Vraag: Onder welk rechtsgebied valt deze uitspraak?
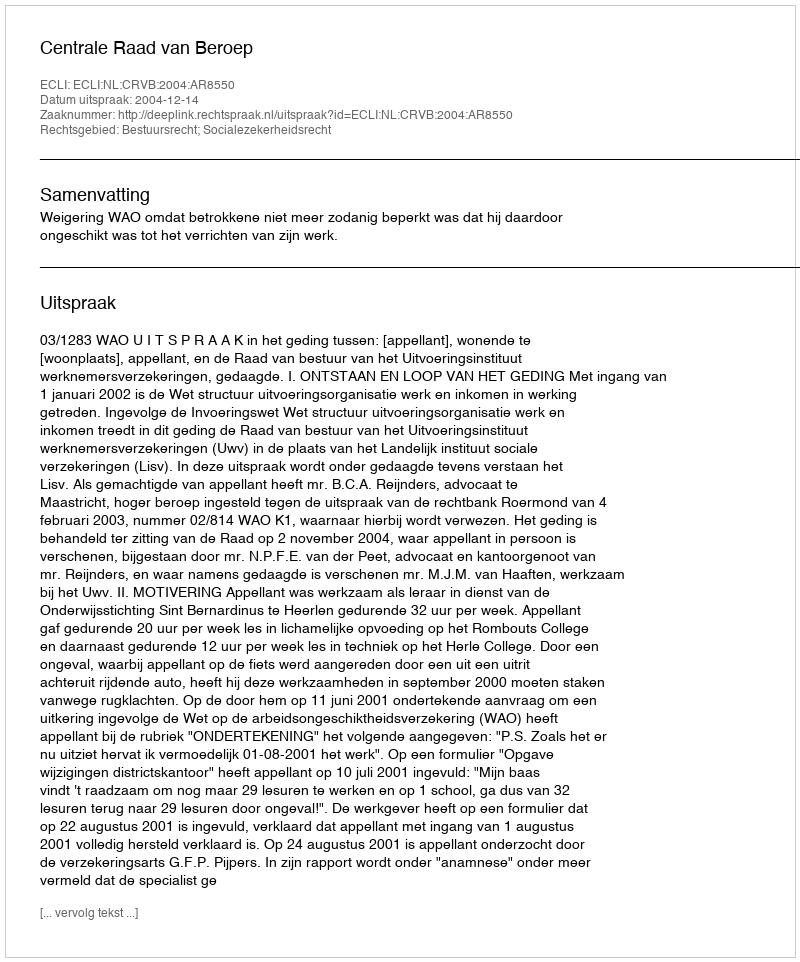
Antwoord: Bestuursrecht; Socialezekerheidsrecht